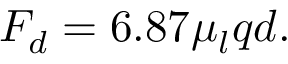
\begin{array} { r } { F _ { d } = 6 . 8 7 \mu _ { l } q d . } \end{array}